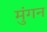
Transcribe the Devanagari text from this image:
मुंगन